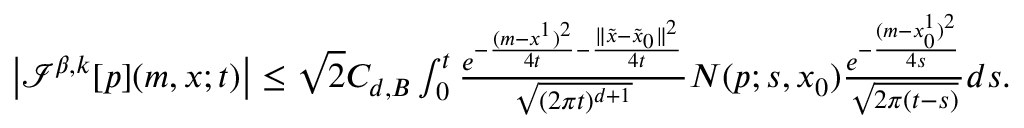
\begin{array} { r } { { \left| { \mathcal I } ^ { \beta , k } [ p ] ( m , x ; t ) \right| \leq \sqrt { 2 } C _ { d , B } \int _ { 0 } ^ { t } \frac { e ^ { - \frac { ( m - x ^ { 1 } ) ^ { 2 } } { 4 t } - \frac { \| \tilde { x } - \tilde { x } _ { 0 } \| ^ { 2 } } { 4 t } } } { \sqrt { ( 2 \pi t ) ^ { d + 1 } } } N ( p ; s , x _ { 0 } ) \frac { e ^ { - \frac { ( m - x _ { 0 } ^ { 1 } ) ^ { 2 } } { 4 s } } } { \sqrt { 2 \pi ( t - s ) } } d s } . } \end{array}